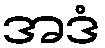
အဒံ